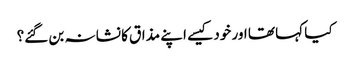
کیا کہا تھا اور خود کیسے اپنے مذاق کا نشانہ بن گئے؟